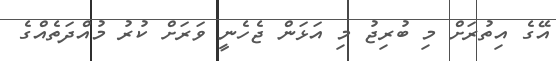
އޭގެ އިތުރަށް މި ބުރިޖު މި އަޅަން ޖެހެނީ ވަރަށް ކުރު މުއްދަތެއްގެ